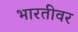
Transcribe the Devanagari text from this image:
भारतीवर